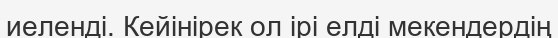
иеленді. Кейінірек ол ірі елді мекендердің